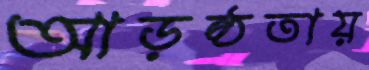
আড়ষ্ঠতায়